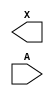
module sky130_fd_sc_lp__dlybuf4s50kapwr (
    X,
    A
);

    output X;
    input  A;

    // Voltage supply signals
    supply1 VPWR ;
    supply0 VGND ;
    supply1 KAPWR;
    supply1 VPB  ;
    supply0 VNB  ;

endmodule